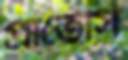
প্রাতেসি